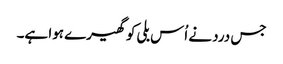
جس درد نے اُس بلی کو گھیرے ہوا ہے۔